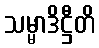
သမ္မာဒိဋ္ဌီတိ